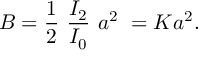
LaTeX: B = \frac { 1 } { 2 } ~ \frac { I _ { 2 } } { I _ { 0 } } ~ a ^ { 2 } ~ = K a ^ { 2 } .